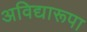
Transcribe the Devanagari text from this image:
अविद्यारूपा